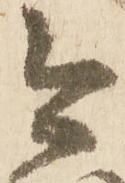
今